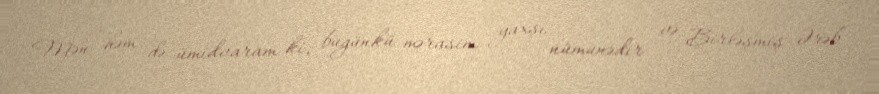
Mən həm də ümidvaram ki, bugünkü mərasim yaxşı nümunədir və Birləşmiş Ərəb